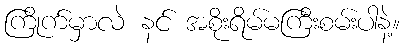
ကြိုက်မှာလဲ နင် အစိုးရိမ်မကြီးစမ်းပါနဲ့။